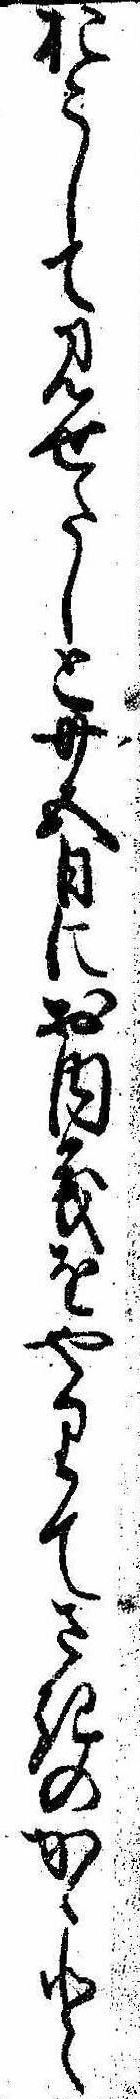
おこして見せたしと廿五日にお内義をやりてさきのかゝと